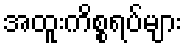
အထူးကိစ္စရပ်များ